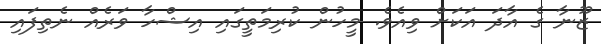
ޒޫނާ ގެ އާދަ އަކަށް ވިއެވެ. މީހުން ކުރިމަތީގައި އިޝްހާ ވަރެއް ނެތިފައި